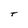
Character: t